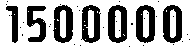
1500000